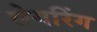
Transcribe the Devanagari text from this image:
लेगरिंग